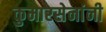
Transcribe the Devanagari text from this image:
कुमारसेनांनी